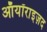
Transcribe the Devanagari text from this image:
ऑयॉराइज़द